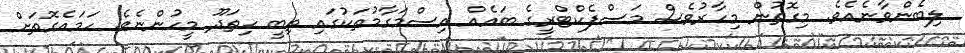
ލިބެންވާނެއެވެ. މިގޮތުން މިހާރުވެސް މަސްފެކްޓްރީގެ ބައެއް އިސްމަގާމުތަކުގައި ތިބީ ހިތަދޫ މީހުންނެވެ. ހަމައެގޮތަށް